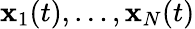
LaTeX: \mathbf{x}_{1}(t),\ldots,\mathbf{x}_{N}(t)